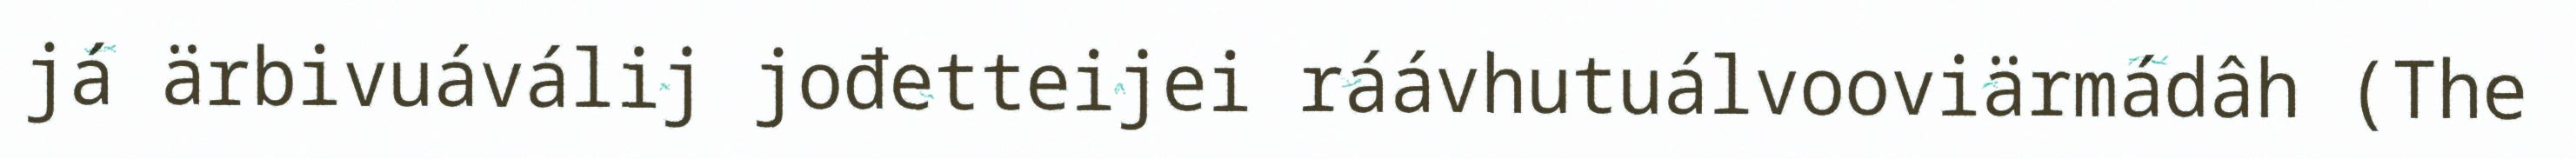
já ärbivuáválij jođetteijei ráávhutuálvooviärmádâh (The